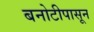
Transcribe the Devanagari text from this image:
बनोटीपासून